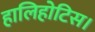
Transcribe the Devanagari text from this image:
हालिहोटिस।